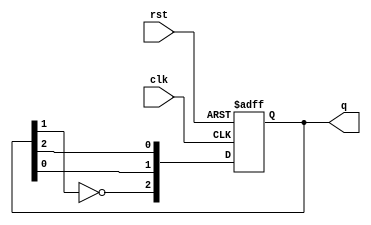
module johnson_counter (
    input wire clk,         // Clock input
    input wire rst,         // Reset input
    output reg [2:0] q     // 3-bit output
);

// Asynchronous reset: set the counter to 000 on reset
always @(posedge clk or posedge rst) begin
    if (rst) begin
        q <= 3'b000;        // Initialize to 000
    end else begin
        // Johnson counter logic
        q[2] <= ~q[1];      // Feedback from the second flip-flop to the first (inverted)
        q[1] <= q[0];       // Shift q[0] to q[1]
        q[0] <= q[2];       // Shift q[2] to q[0]
    end
end

endmodule